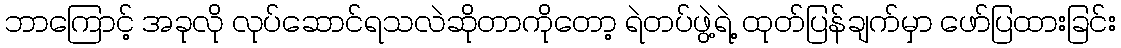
ဘာကြောင့် အခုလို လုပ်ဆောင်ရသလဲဆိုတာကိုတော့ ရဲတပ်ဖွဲ့ရဲ့ ထုတ်ပြန်ချက်မှာ ဖော်ပြထားခြင်း